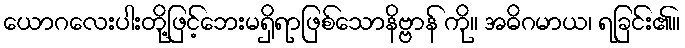
ယောဂလေးပါးတို့ဖြင့်ဘေးမရှိရာဖြစ်သောနိဗ္ဗာန် ကို။ အဓိဂမာယ၊ ရခြင်း၏။